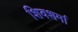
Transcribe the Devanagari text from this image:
शिवशर्मा